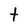
Character: t